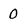
Character: O